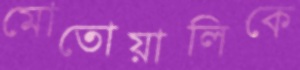
মোতোয়ালিকে